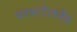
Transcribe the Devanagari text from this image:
फास्टटेलवेंड